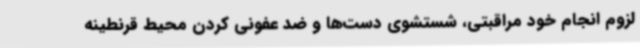
لزوم انجام خود مراقبتی، شستشوی دست‌ها و ضد عفونی کردن محیط قرنطینه